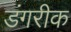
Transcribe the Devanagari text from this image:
डंगरीक